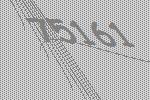
75161